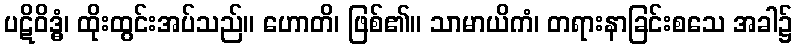
ပဋိဝိဒ္ဓံ၊ ထိုးထွင်းအပ်သည်။ ဟောတိ၊ ဖြစ်၏။ သာမာယိကံ၊ တရားနာခြင်းစသေ အခါ၌